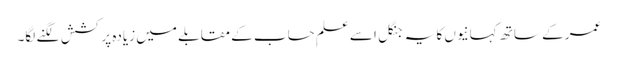
عمر کے ساتھ کہانیوں کا یہ جنگل اسے علمِ حساب کے مقابلے میں زیادہ پرکشش لگنے لگا۔